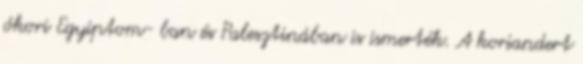
ókori Egyiptom- ban és Palesztinában is ismerték. A koriandert